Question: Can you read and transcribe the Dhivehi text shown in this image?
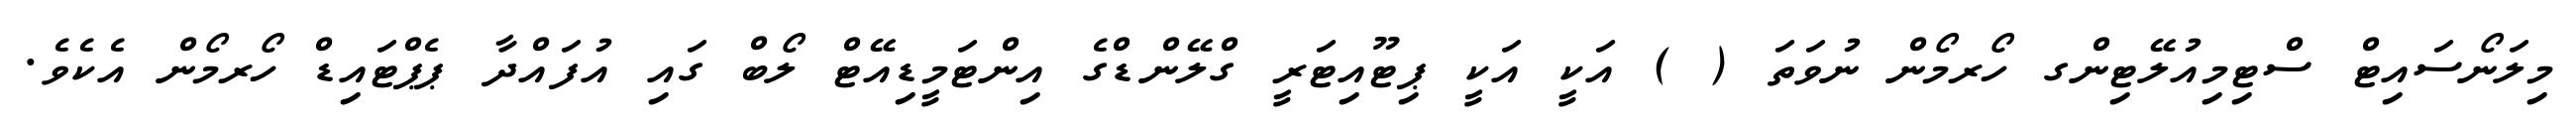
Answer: މިލަނޯސައިޓް ސްޓިމިއުލޭޓިންގ ހޯރމޯން ނުވަތަ ( ) އަކީ އަކީ ޕިޓޫއިޓަރީ ގްލޭންޑްގެ އިންޓަމީޑިއޭޓް ލޯބް ގައި އުފައްދާ ޕެޕްޓައިޑް ހޯރމޯން އެކެވެ.